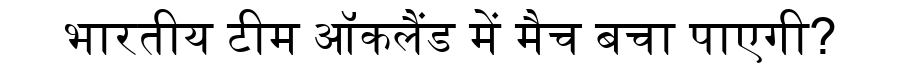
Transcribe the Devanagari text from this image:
भारतीय टीम ऑकलैंड में मैच बचा पाएगी?